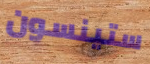
ستينسون